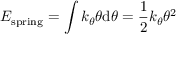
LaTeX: E _ { \mathrm { s p r i n g } } = \int k _ { \theta } \theta \mathrm { d } \theta = { \frac { 1 } { 2 } } k _ { \theta } \theta ^ { 2 }